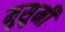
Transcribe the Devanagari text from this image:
मुसुमी